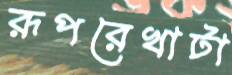
রূপরেখাটা